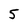
Character: 5